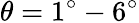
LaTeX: \theta=1^{\circ}-6^{\circ}